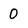
Character: 0